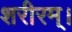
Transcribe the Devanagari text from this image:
शरीरम्।